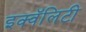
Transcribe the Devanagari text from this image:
इक्वॅलिटी